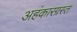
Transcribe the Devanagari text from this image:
अहंकारग्रस्त